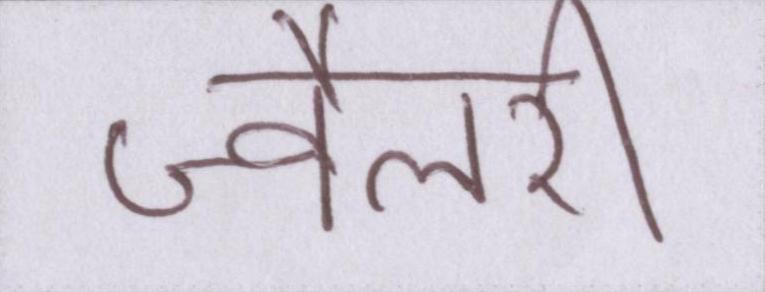
ज्वैलरी